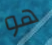
هو